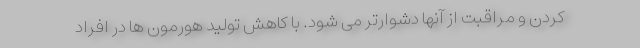
کردن و مراقبت از آنها دشوارتر می شود. با کاهش تولید هورمون ها در افراد